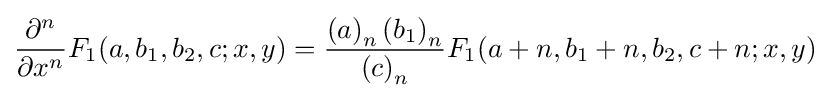
{\frac {\partial ^{n}}{\partial x^{n}}}F_{1}(a,b_{1},b_{2},c;x,y)={\frac {\left(a\right)_{n}\left(b_{1}\right)_{n}}{\left(c\right)_{n}}}F_{1}(a+n,b_{1}+n,b_{2},c+n;x,y)